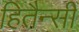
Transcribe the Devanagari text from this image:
हितैन्सी